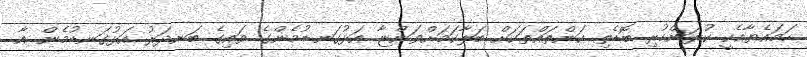
ހަމައެޔާއެކީ ކުރަންހުރި ބޮޑެތި ކަންތައްތަކަށް ބަލާކަމަށްވަންޏާ އަޅުގަނޑުމެންގެ ވައިގެ ބަނދަރު އަޅުގަނޑުމެން އާ